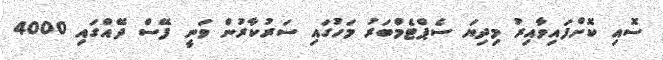
ސޮއި ކޮށްފައިވާއިރު މިދިޔަ ސެޕްޓެމްބަރު މަހުގައި ސަރުކާރުން ވަނީ ފޭސް ދޭއްގައި 4000